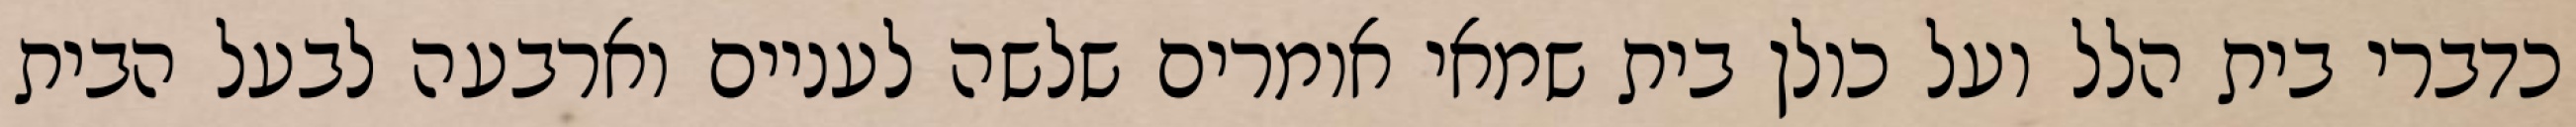
כדברי בית הלל ועל כולן בית שמאי אומרים שלשה לעניים וארבעה לבעל הבית